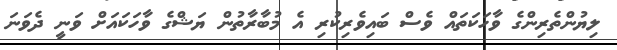
ލިޔުންތެރިންގެ ވާހަކަތައް ވެސް ބައިވެރިކުރި އެ މުބާރާތުން ޔަޝްގެ ވާހަކައަށް ވަނީ ދެވަނަ